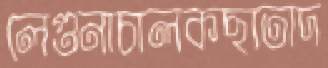
লেগুনাচালকছাতাদ